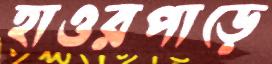
হাওরপাড়ে